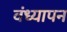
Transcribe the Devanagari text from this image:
वंध्यापन